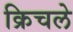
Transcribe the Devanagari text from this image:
क्रिचले